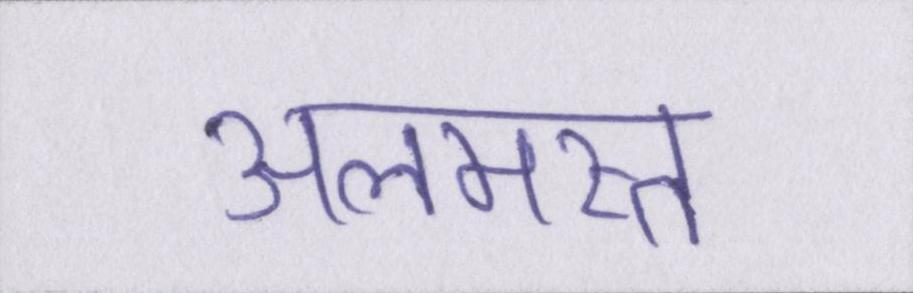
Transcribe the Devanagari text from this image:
अलमस्त